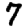
Digit: 7